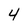
Character: 4